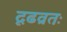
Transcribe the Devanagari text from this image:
दृढव्रतः